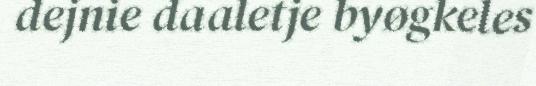
dejnie daaletje byøgkeles